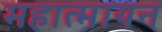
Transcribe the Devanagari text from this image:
महात्मायन